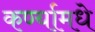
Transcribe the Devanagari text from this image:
कर्ण्यामधे